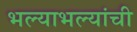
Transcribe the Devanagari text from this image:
भल्याभल्यांची